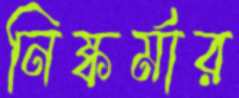
নিষ্কর্মার